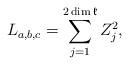
LaTeX: \begin{align*}L_{a,b,c}=\sum_{j=1}^{2\dim\mathfrak{k}}Z_{j}^{2}, \end{align*}